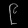
Digit: ၉